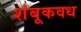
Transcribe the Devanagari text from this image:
शंबूकवध